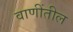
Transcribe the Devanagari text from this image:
वाणींतील